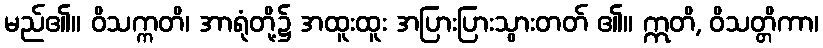
မည်၏။ ဝိသက္ကတိ၊ အာရုံတို့၌ အထူးထူး အပြားပြားသွားတတ် ၏။ ဣတိ, ဝိသတ္တိကာ၊